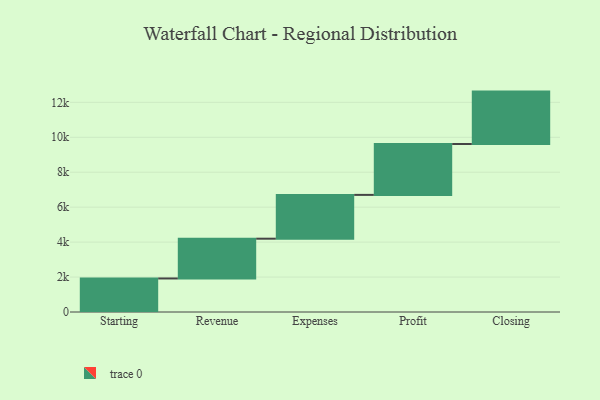
{"axis": {"x": "Step", "y": "Value"}, "legend": [""], "data": [{"x": "Starting", "y": 1920.0, "type": ""}, {"x": "Revenue", "y": 2276.0, "type": ""}, {"x": "Expenses", "y": 2507.0, "type": ""}, {"x": "Profit", "y": 2912.0, "type": ""}, {"x": "Closing", "y": 3000, "type": ""}]}